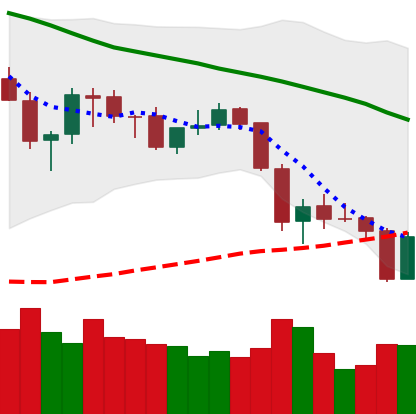
Ticker: ETH-USD
Chart end date: 2018-05-29
Forward return: 9.364%
Label: up_7plus